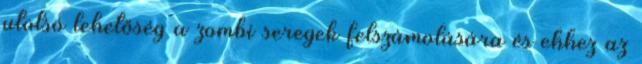
utolsó lehetőség a zombi seregek felszámolására és ehhez az